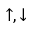
\uparrow , \downarrow